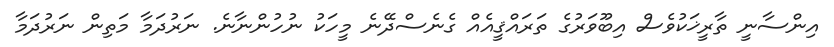
އިންސާނީ ތާރީޚަކުވެސް އިބޫވަރުގެ ތަރައްޤީއެއް ގެނެސްދޭނެ މީހަކު ނުހުންނާނެ. ނަރުދަމާ މަތިން ނަރުދަމާ